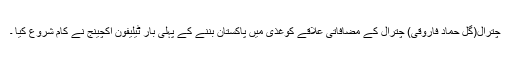
چترال(گل حماد فاروقی) چترال کے مضافاتی علاقے کوغذی میں پاکستان بننے کے پہلی بار ٹیلیفون اکچینج نے کام شروع کیا ۔